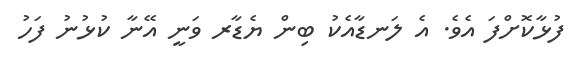
ފުޅާކޮށްފަ އެވެ. އެ ލަނޑާއެކު ބިން ޔެޑާރ ވަނީ އޭނާ ކުޅުނު ފަހު